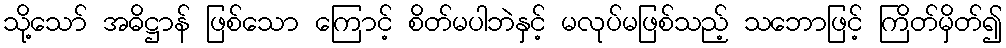
သို့သော် အဓိဋ္ဌာန် ဖြစ်သော ကြောင့် စိတ်မပါဘဲနှင့် မလုပ်မဖြစ်သည့် သဘောဖြင့် ကြိတ်မှိတ်၍